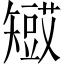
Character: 𥐋